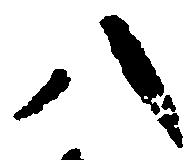
八